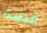
قصده